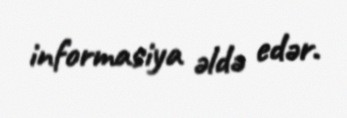
informasiya əldə edər.